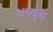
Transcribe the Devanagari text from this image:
अध्यूह